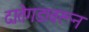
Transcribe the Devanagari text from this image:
दातेगडावरून